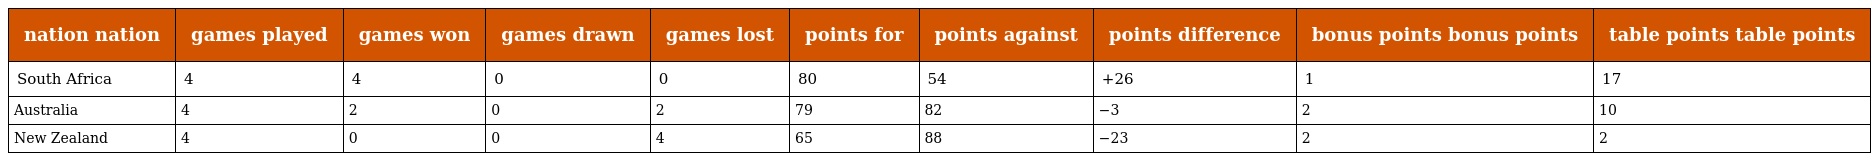
| nation nation | games played | games won | games drawn | games lost | points for | points against | points difference | bonus points bonus points | table points table points |
 | --- | --- | --- | --- | --- | --- | --- | --- | --- | --- |
 | South Africa | 4 | 4 | 0 | 0 | 80 | 54 | +26 | 1 | 17 |
 | Australia | 4 | 2 | 0 | 2 | 79 | 82 | −3 | 2 | 10 |
 | New Zealand | 4 | 0 | 0 | 4 | 65 | 88 | −23 | 2 | 2 |